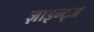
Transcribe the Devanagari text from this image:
ज़ाइन्ट्ज